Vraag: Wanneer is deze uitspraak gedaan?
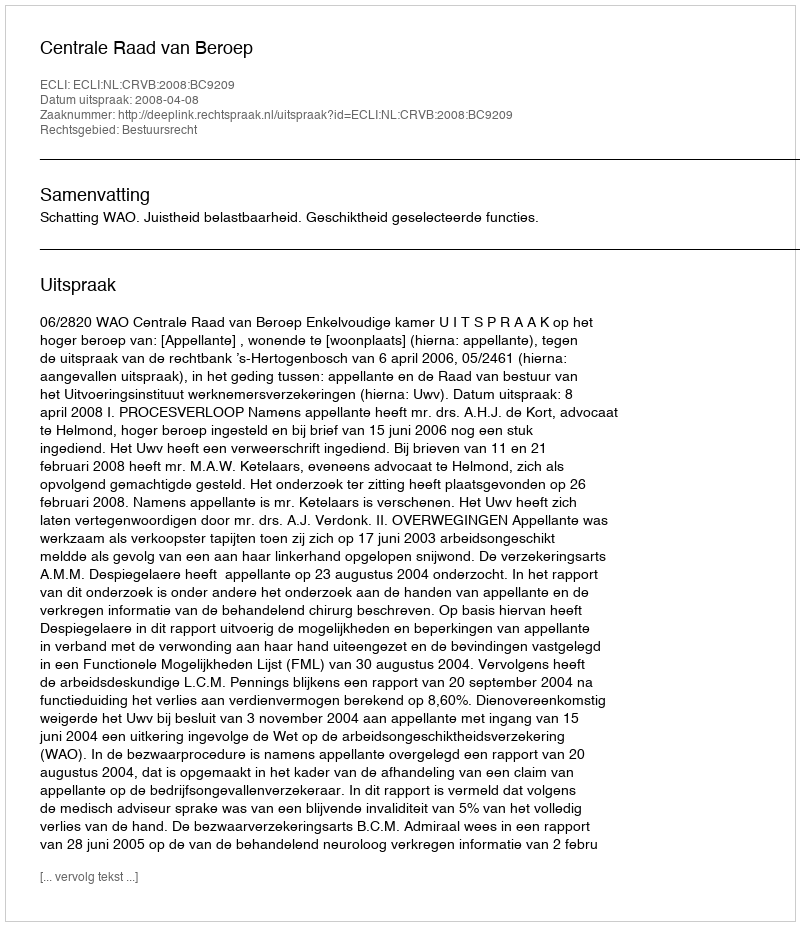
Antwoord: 2008-04-08